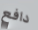
دافع